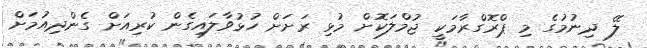
ލޭ ދިނުމުގެ މި ޕްރޮގްރާމަކީ ޖުމްލަކޮށް މުޅި ރަށަށް ހުޅުވާލައިގެން ކުރިއަށް ގެންދިއުމަށް